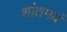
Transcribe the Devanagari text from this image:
शांतमयं